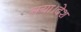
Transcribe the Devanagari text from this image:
गया।देश